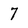
Character: 7